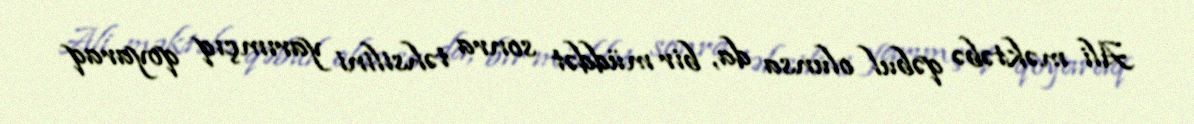
Ali məktəbə qəbul olunsa da, bir müddət sonra təhsilini yarımçıq qoyaraq